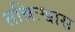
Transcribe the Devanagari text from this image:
तन्निःश्वास